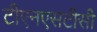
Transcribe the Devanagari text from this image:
टीएनएसटीसी